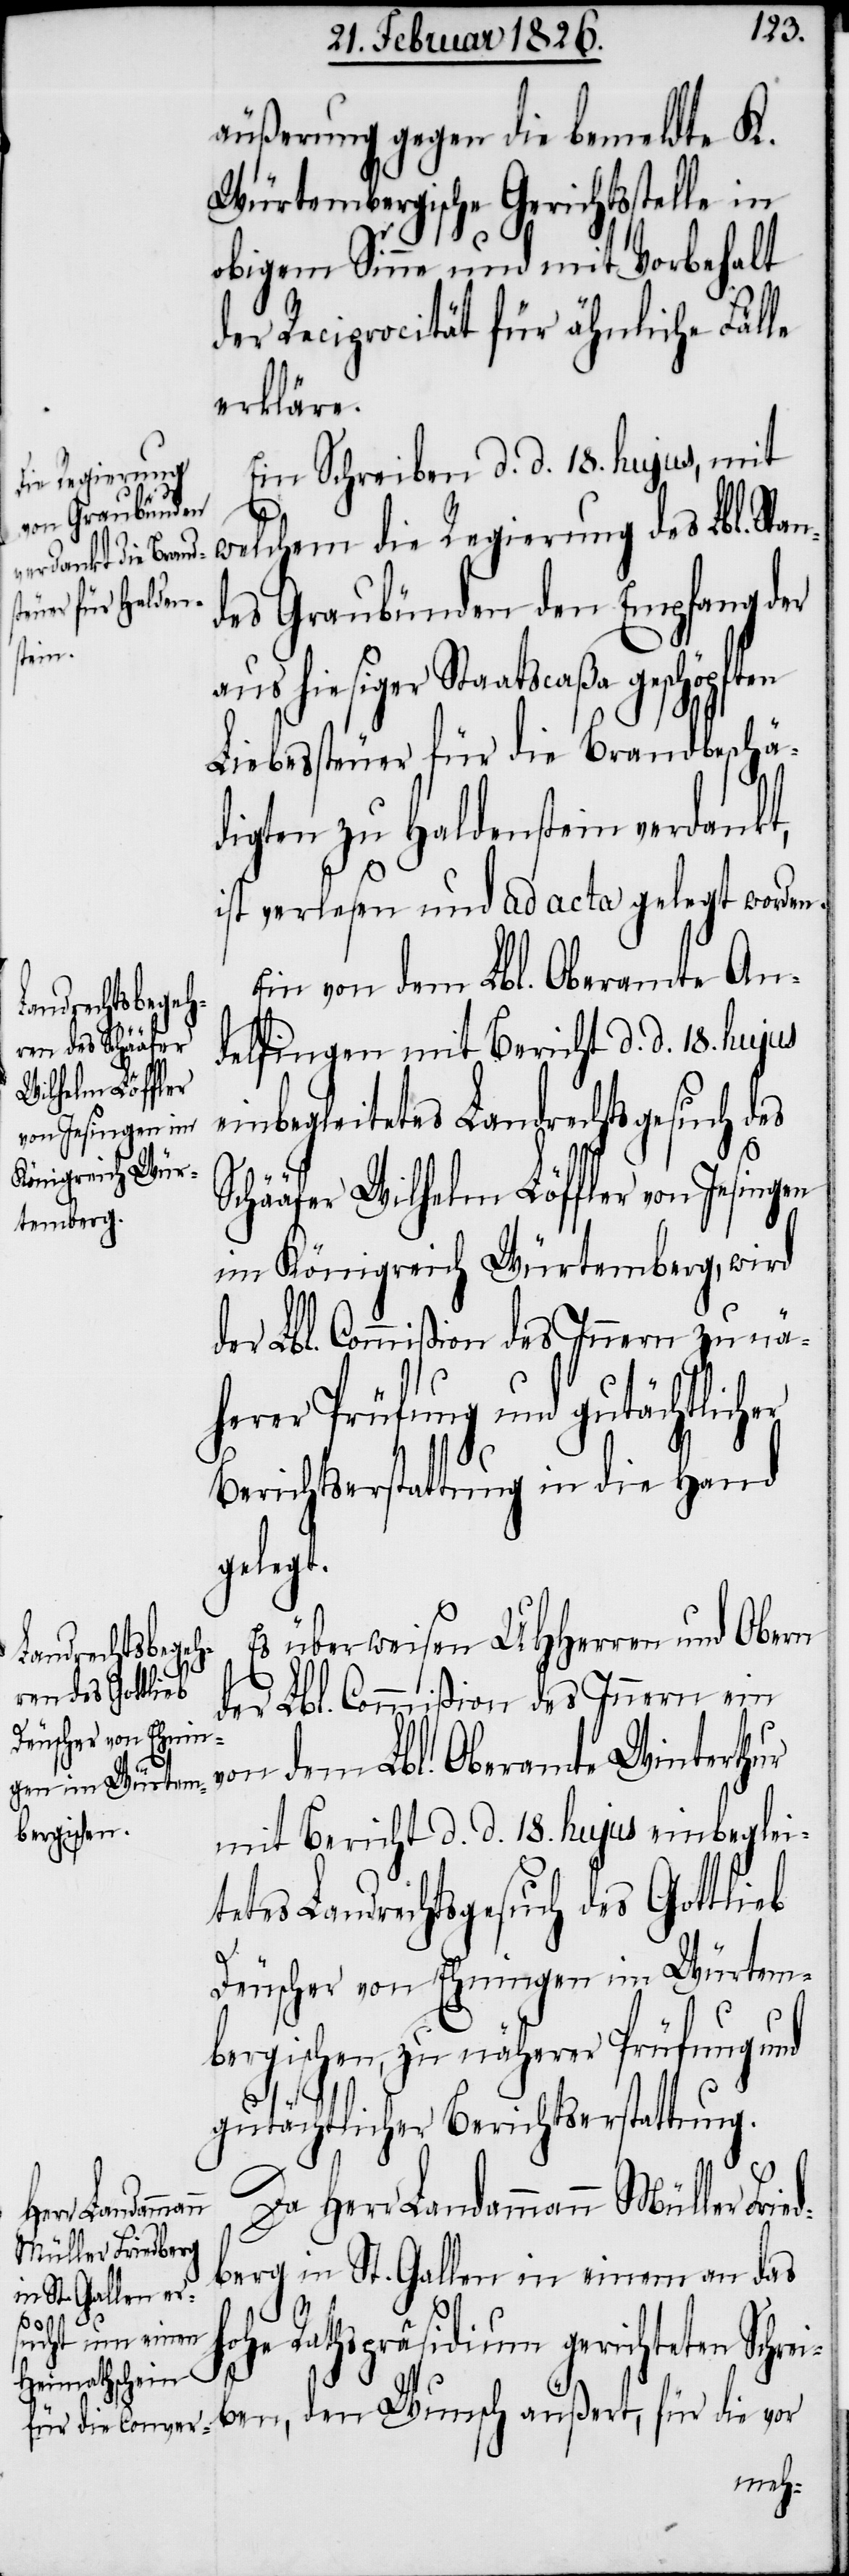
äußerung gegen die bemeldte K.
Würtembergische Gerichtsstelle in
obigem Sinne und mit Vorbehalt
der Reciprocität für ähnliche Fälle
erkläre.
Ein Schreiben d. d. 18. hujus, mit
welchem die Regierung des Lbl. Stan¬
des Graubünden den Empfang der
hiesiger Staatscaßa geschöpften
Liebessteuer für die Brandbeschä¬
digten zu Haldenstein verdankt,
ist verlesen und ad acta gelegt worden.
Ein von dem Lbl. Oberamte An¬
delfingen mit Bericht d. d. 18. hujus
einbegleitetes Landrechtsgesuch des
Schääfer Wilhelm Löffler von Jesingen
im Königreich Würtemberg, wird
der Lbl. Commißion des Innern zu nä¬
herer Prüfung und gutächtlicher
Berichtserstattung in die Hand
gelegt.
Es überweisen UHHerren und Obern
der Lbl. Commißion des Innern ein
von dem Lbl. Oberamte Winterthur
mit Bericht d. d. 18. hujus einbegleit¬
etes Landrechtsgesuch des Gottlieb
Deuscher von Ehningen im Würtem¬
bergischen, zu näherer Prüfung und
gutächtlicher Berichtserstattung.
Da Herr Landammann Müller Frie¬
ben, den
dberg in St. Gallen in einem an das
hohe Rathspräsidium gerichteten Schrei¬